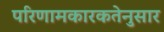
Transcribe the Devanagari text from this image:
परिणामकारकतेनुसार